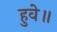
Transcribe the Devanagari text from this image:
हुवे॥